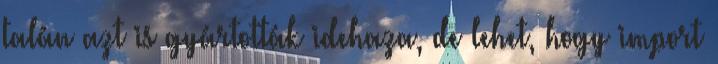
talán azt is gyártották idehaza, de lehet, hogy import